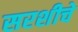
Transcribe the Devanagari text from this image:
सरशीचे